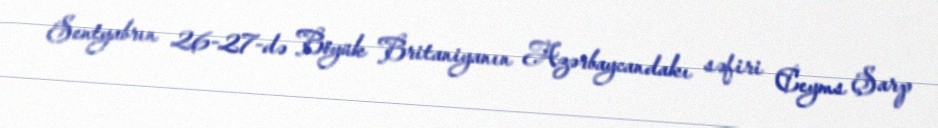
Sentyabrın 26-27-də Böyük Britaniyanın Azərbaycandakı səfiri Ceyms Şarp